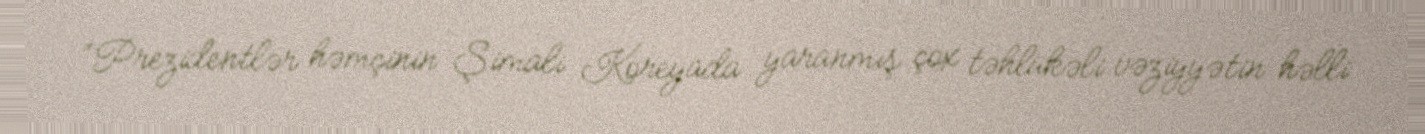
“Prezidentlər həmçinin Şimali Koreyada yaranmış çox təhlükəli vəziyyətin həlli